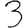
Digit: 3